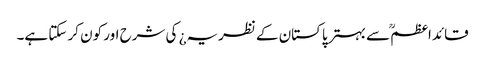
قائداعظمؒ سے بہتر پاکستان کے نظریہ¿ کی شرح اور کون کر سکتا ہے۔